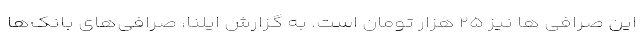
این صرافی ها نیز ۲۵ هزار تومان است. به گزارش ایلنا، صرافی‌های بانک‌ها